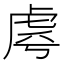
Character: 𧆪